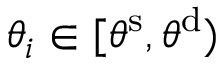
\theta _ { i } \in [ \theta ^ { \mathrm { s } } , \theta ^ { \mathrm { d } } )